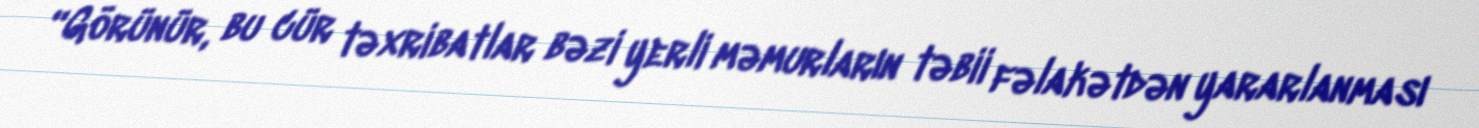
“Görünür, bu cür təxribatlar bəzi yerli məmurların təbii fəlakətdən yararlanması